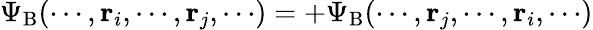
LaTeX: \Psi_{\mathrm{{B}}}(\cdots,\mathbf{r}_{i},\cdots,\mathbf{r}_{j},\cdots)=+\Psi_{\mathrm{{B}}}(\cdots,\mathbf{r}_{j},\cdots,\mathbf{r}_{i},\cdots)